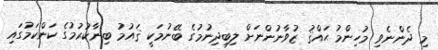
މި ދެންނެވި މުހިންމު ޙައްޤު ޒުވާނުންނަށް ލިބިދިނުމުގެ ބޭނުމަކީ ޤައުމު ބިނާކުރުމުގެ ކަންކަމުގައި